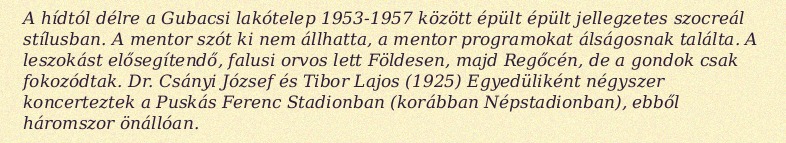
A hídtól délre a Gubacsi lakótelep 1953-1957 között épült épült jellegzetes szocreál stílusban. A mentor szót ki nem állhatta, a mentor programokat álságosnak találta. A leszokást elősegítendő, falusi orvos lett Földesen, majd Regőcén, de a gondok csak fokozódtak. Dr. Csányi József és Tibor Lajos (1925) Egyedüliként négyszer koncerteztek a Puskás Ferenc Stadionban (korábban Népstadionban), ebből háromszor önállóan.